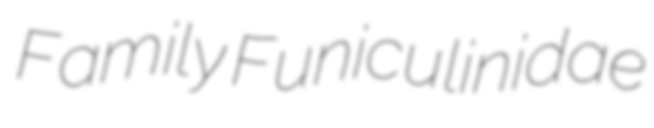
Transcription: Family Funiculinidae